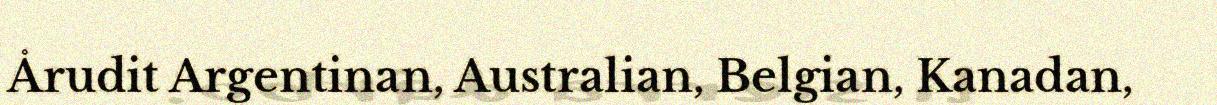
Årudit Argentinan, Australian, Belgian, Kanadan,